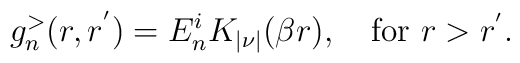
g^{>}_{n}(r,r^{'})=E_n^{i}K_{|\nu|}(\beta r), \quad \hbox{for $r>r^{'}$.}